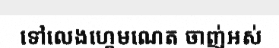
ទៅលេងហ្គេមណេត ចាញ់អស់